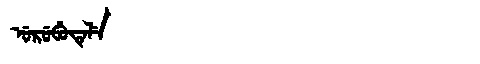
Manchu: ᡠᡵᡠᠪᡠᡨᡝᠯᡝ
Romanization: URUBUTELE